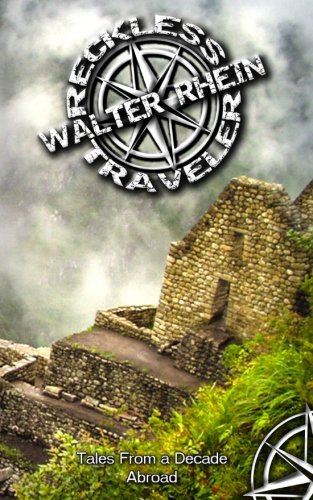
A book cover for Reckless Traveler; Walter Rhein; Travel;